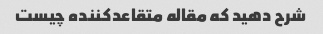
شرح دهید که مقاله متقاعدکننده چیست